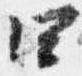
四